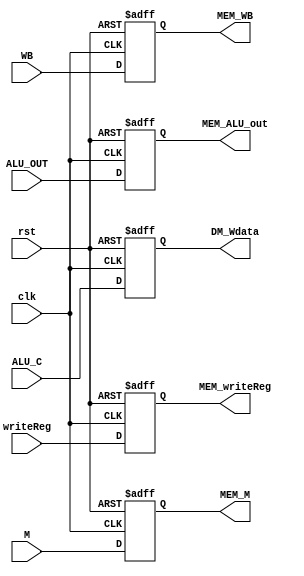
`timescale 1ns/1ns

module EX_MEM (input clk, rst, input [1:0] WB, M, input [31:0] ALU_OUT, ALU_C, input [4:0] writeReg,
               output reg [1:0] MEM_WB, MEM_M, output reg [31:0] MEM_ALU_out, DM_Wdata, output reg [4:0] MEM_writeReg);

  always @(posedge clk, posedge rst) begin
   if (rst) begin
     {MEM_WB, MEM_M} <= 4'b0;
     {MEM_ALU_out, DM_Wdata} <= 64'b0;
     MEM_writeReg <= 5'b0;
   end
   else begin
   {MEM_WB, MEM_M} <= {WB, M};
   {MEM_ALU_out, DM_Wdata} <= {ALU_OUT, ALU_C};
   MEM_writeReg <= writeReg;
   end
  end

endmodule